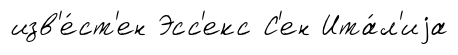
изв'е́ст'ен Эсс'екс С'ен Ита́л'иjа